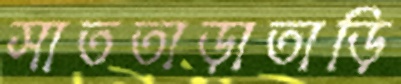
সাততাড়াতাড়ি